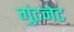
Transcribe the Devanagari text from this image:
गुंटनेट